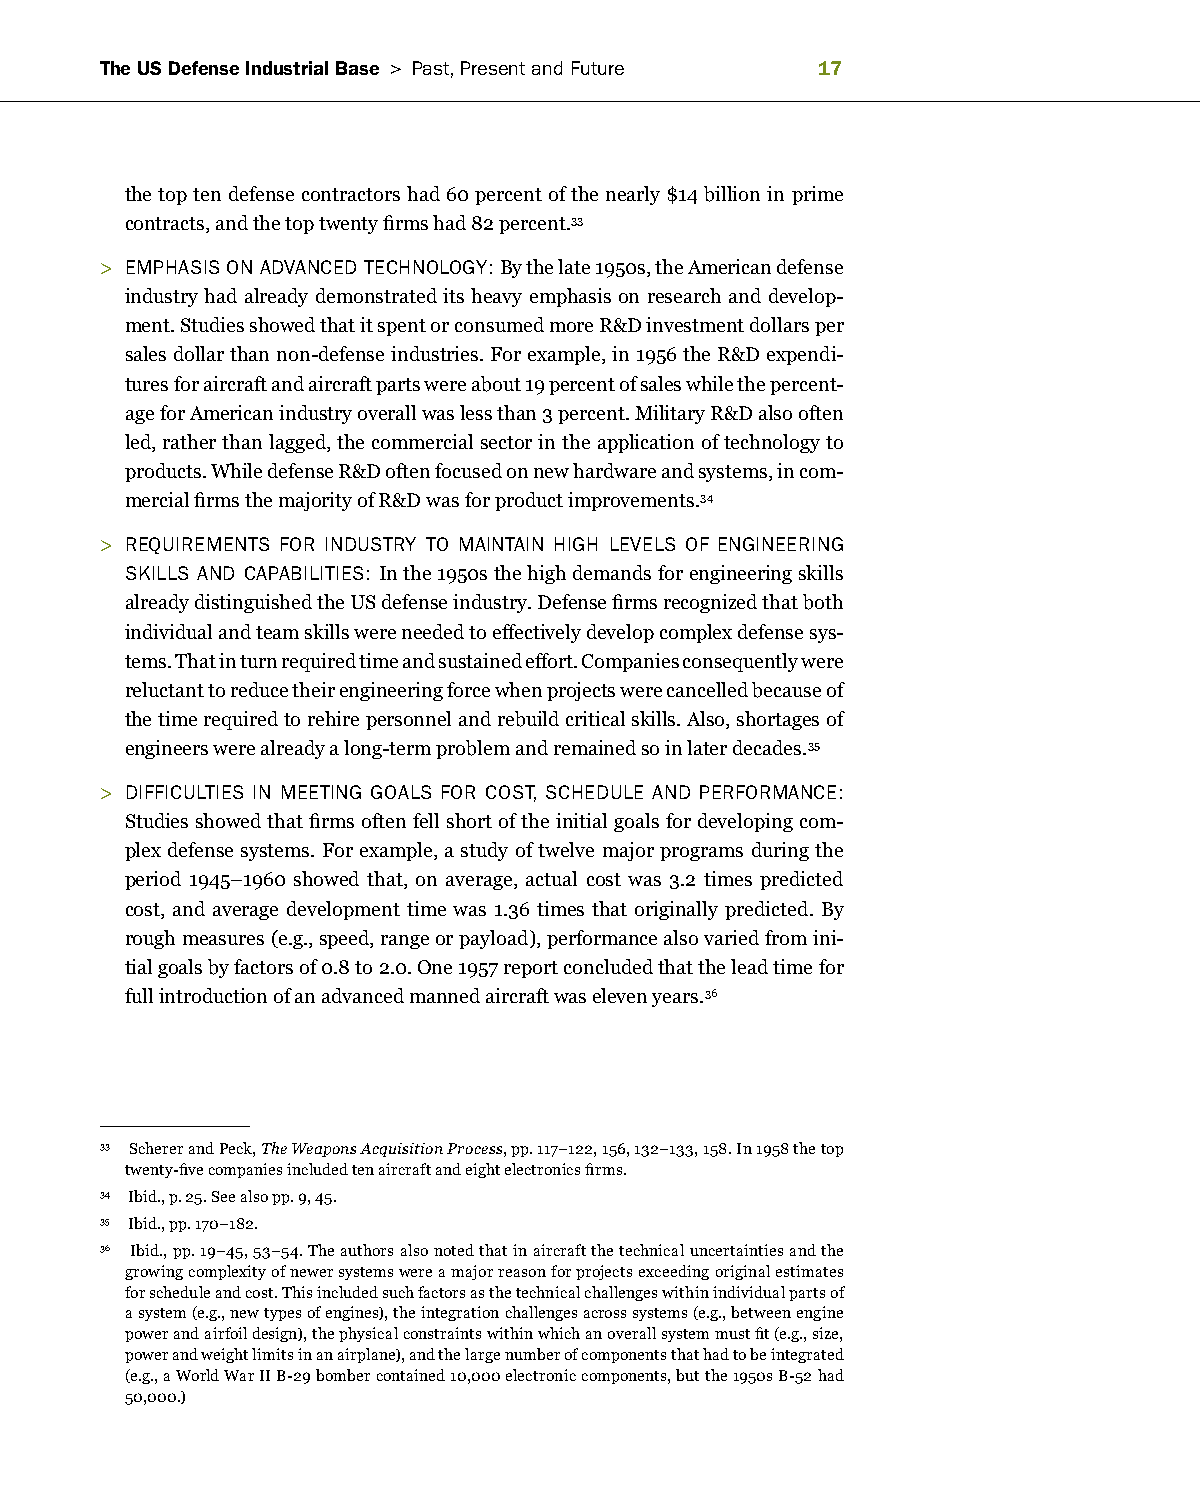
The US Defense Industrial Base > Past, Present and future 1
 the top ten defense contractors had 60 percent of the nearly $14 billion in prime
 contracts, and the top twenty firms had 82 percent.33
 > eMPhaSiS on aDvanCeD teChnoLogy: By the late 1950s, the American defense
 industry had already demonstrated its heavy emphasis on research and develop-
 ment. Studies showed that it spent or consumed more R&D investment dollars per
 sales dollar than non-defense industries. For example, in 1956 the R&D expendi-
 tures for aircraft and aircraft parts were about 19 percent of sales while the percent-
 age for American industry overall was less than 3 percent. Military R&D also often
 led, rather than lagged, the commercial sector in the application of technology to
 products. While defense R&D often focused on new hardware and systems, in com-
 mercial firms the majority of R&D was for product improvements.34
 > requireMentS for inDuStry to Maintain high LeveLS of engineering
 SkiLLS anD CaPaBiLitieS: In the 1950s the high demands for engineering skills
 already distinguished the US defense industry. Defense firms recognized that both
 individual and team skills were needed to effectively develop complex defense sys-
 tems. That in turn required time and sustained effort. Companies consequently were
 reluctant to reduce their engineering force when projects were cancelled because of
 the time required to rehire personnel and rebuild critical skills. Also, shortages of
 engineers were already a long-term problem and remained so in later decades.35
 > DiffiCuLtieS in Meeting goaLS for CoSt, SCheDuLe anD PerforManCe:
 Studies showed that firms often fell short of the initial goals for developing com-
 plex defense systems. For example, a study of twelve major programs during the
 period 1945–1960 showed that, on average, actual cost was 3.2 times predicted
 cost, and average development time was 1.36 times that originally predicted. By
 rough measures (e.g., speed, range or payload), performance also varied from ini-
 tial goals by factors of 0.8 to 2.0. One 1957 report concluded that the lead time for
 full introduction of an advanced manned aircraft was eleven years.36
 33 Scherer and Peck, The Weapons Acquisition Process, pp. 117–122, 156, 132–133, 158. In 1958 the top
 twenty-five companies included ten aircraft and eight electronics firms.
 34 Ibid., p. 25. See also pp. 9, 45.
 35 Ibid., pp. 170–182.
 36 Ibid., pp. 19–45, 53–54. The authors also noted that in aircraft the technical uncertainties and the
 growing complexity of newer systems were a major reason for projects exceeding original estimates
 for schedule and cost. This included such factors as the technical challenges within individual parts of
 a system (e.g., new types of engines), the integration challenges across systems (e.g., between engine
 power and airfoil design), the physical constraints within which an overall system must fit (e.g., size,
 power and weight limits in an airplane), and the large number of components that had to be integrated
 (e.g., a World War II B-29 bomber contained 10,000 electronic components, but the 1950s B-52 had
 50,000.)